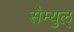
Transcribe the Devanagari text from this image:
सैम्युल्